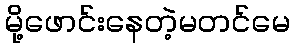
မို့ဖောင်းနေတဲ့မတင်မေ